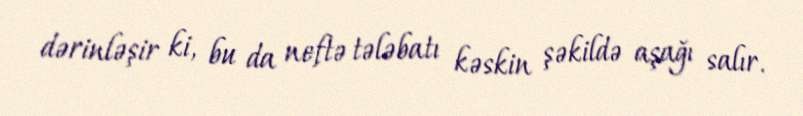
dərinləşir ki, bu da neftə tələbatı kəskin şəkildə aşağı salır.